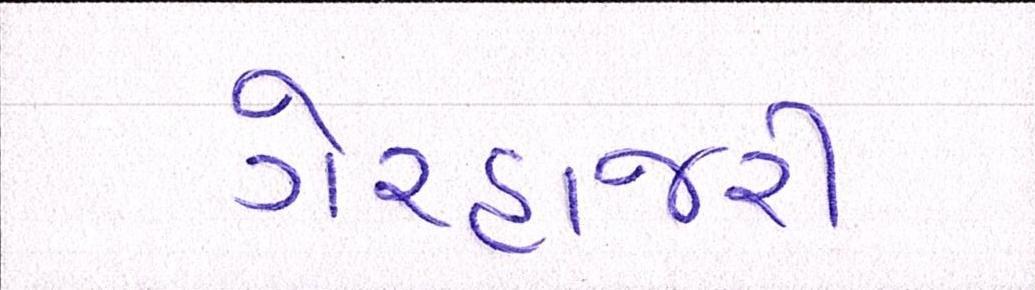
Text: ગેરહાજરી